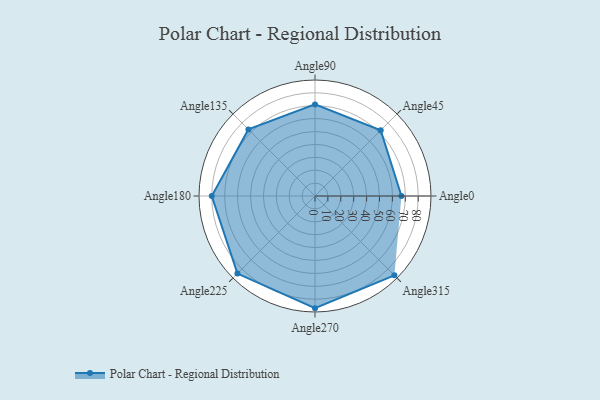
{"axis": {"x": "Angle", "y": "Radius"}, "legend": [""], "data": [{"x": "Angle0", "y": 67.0, "type": ""}, {"x": "Angle45", "y": 72.0, "type": ""}, {"x": "Angle90", "y": 71.0, "type": ""}, {"x": "Angle135", "y": 73.0, "type": ""}, {"x": "Angle180", "y": 80.0, "type": ""}, {"x": "Angle225", "y": 85.0, "type": ""}, {"x": "Angle270", "y": 87.0, "type": ""}, {"x": "Angle315", "y": 87.0, "type": ""}]}